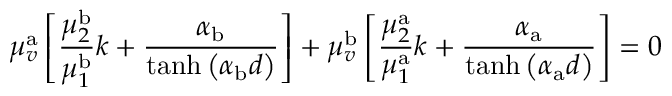
\mu _ { v } ^ { \mathrm { a } } \left[ \frac { \mu _ { 2 } ^ { \mathrm { b } } } { \mu _ { 1 } ^ { \mathrm { b } } } k + \frac { \alpha _ { \mathrm { b } } } { \operatorname { t a n h } \left( \alpha _ { \mathrm { b } } d \right) } \right] + \mu _ { v } ^ { \mathrm { b } } \left[ \frac { \mu _ { 2 } ^ { \mathrm { a } } } { \mu _ { 1 } ^ { \mathrm { a } } } k + \frac { \alpha _ { \mathrm { a } } } { \operatorname { t a n h } \left( \alpha _ { \mathrm { a } } d \right) } \right] = 0